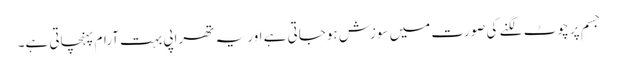
جسم پر چوٹ لگنے کی صورت میں سوزش ہوجاتی ہے اور یہ تھراپی بہت آرام پہنچاتی ہے۔